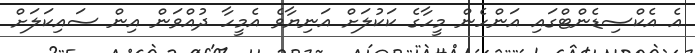
އެ އެކްސިޑެންޓްގައި އަންހެން މީހާގެ ކަކުލަށް އަނިޔާވެ އެމީހާ ދުއްވަން އިން ސައިކަލަށް